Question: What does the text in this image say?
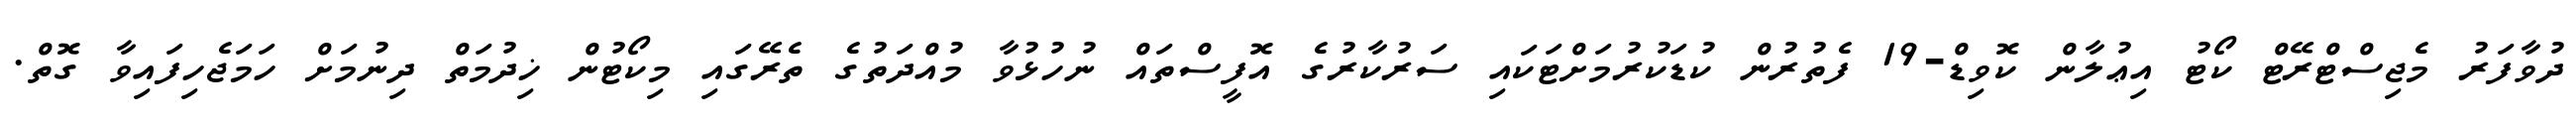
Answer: ދުވާފަރު މެޖިސްޓްރޭޓް ކޯޓު އިޢުލާން ކޮވިޑް-19 ފެތުރުން ކުޑަކުރުމަށްޓަކައި ސަރުކާރުގެ އޮފީސްތައް ނުހުޅުވާ މުއްދަތުގެ ތެރޭގައި މިކޯޓުން ޚިދުމަތް ދިނުމަށް ހަމަޖެހިފައިވާ ގޮތް.